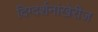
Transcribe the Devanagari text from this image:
दिग्दर्शनांखेरीज